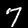
Digit: 7